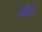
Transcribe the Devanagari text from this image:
मीनेक